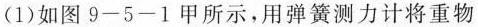
(1)如图9-5-1甲所示，用弹簧测力计将重物